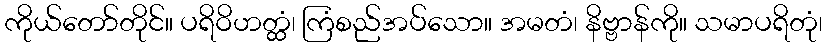
ကိုယ်တော်တိုင်။ ပရိဝိဟတ္ထံ၊ ကြံစည်အပ်သော။ အမတံ၊ နိဗ္ဗာန်ကို။ သမာပရိတုံ၊